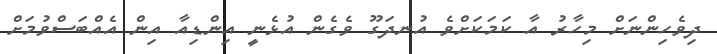
ދިވެހިންނަށް މިހާރު އާ ކަމަކަށްވެ އުނދަގޫ ވެގެން އުޅެނީ އިންޑިއާ އިން އެއްބަސްވުމަށް